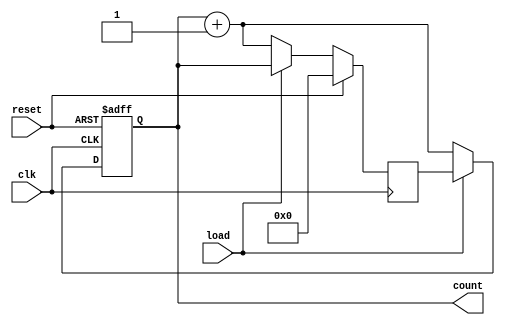
module binary_counter(
    input wire clk,
    input wire reset,
    input wire load,
    output reg [3:0] count
);

// internal wires
reg [3:0] next_count;

// binary Counter
always @(posedge clk or posedge reset)
begin
    if (reset)
        count <= 4'b0000;
    else if (load)
        count <= next_count;
    else
        count <= count + 4'b0001;
end

// next count value
always @(posedge clk)
begin
    if (reset)
        next_count <= 4'b0000;
    else if (load)
        next_count <= count;
    else
        next_count <= count + 4'b0001;
end

endmodule